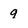
Character: 9